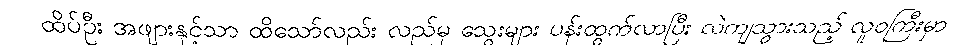
ထိပ်ဦး အဖျားနှင့်သာ ထိသော်လည်း လည်မှ သွေးများ ပန်းထွက်လာပြီး လဲကျသွားသည့် လူဝကြီးမှာ